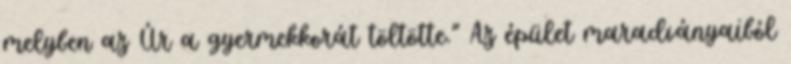
melyben az Úr a gyermekkorát töltötte.” Az épület maradványaiból